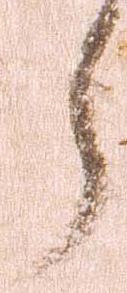
了